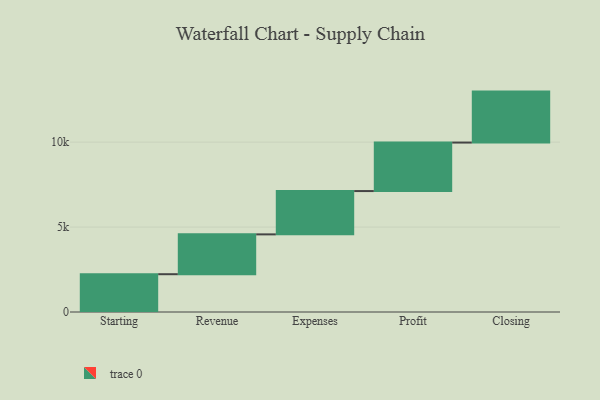
{"axis": {"x": "Step", "y": "Value"}, "legend": [""], "data": [{"x": "Starting", "y": 2225.0, "type": ""}, {"x": "Revenue", "y": 2345.0, "type": ""}, {"x": "Expenses", "y": 2549.0, "type": ""}, {"x": "Profit", "y": 2855.0, "type": ""}, {"x": "Closing", "y": 3000, "type": ""}]}